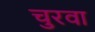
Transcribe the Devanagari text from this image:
चुरवा